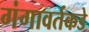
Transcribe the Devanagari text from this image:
गंगावर्तकडे